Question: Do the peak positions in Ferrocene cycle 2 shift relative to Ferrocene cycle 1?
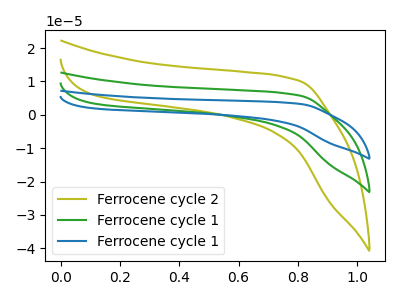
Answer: <think>The olive curve "Ferrocene cycle 2" has no peaks. The green curve "Ferrocene cycle 1" has no peaks. The blue curve "Ferrocene cycle 1" has no peaks.
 Neither "Ferrocene cycle 2" or "Ferrocene cycle 1" have any peaks.</think>
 <answer>No, "Ferrocene cycle 2" and "Ferrocene cycle 1" don't appear to be significantly different in shape</answer>
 <eval>no_change</eval>